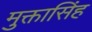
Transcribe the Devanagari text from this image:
मुक्तासिंह